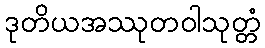
ဒုတိယအဿုတဝါသုတ္တံ